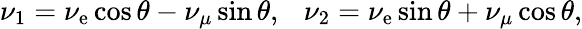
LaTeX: \nu_{1}=\nu_{\mathrm{e}}\cos\theta-\nu_{\mu}\sin\theta,~~~\nu_{2}=\nu_{\mathrm{e}}\sin\theta+\nu_{\mu}\cos\theta,